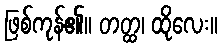
ဖြစ်ကုန်၏။ တတ္ထ၊ ထိုလေး။